Report on sanitation, dispensaries, and jails in Rajputana for 1910, and on vaccination for the year 1910-1911 - 1910-1911
Year: 1910
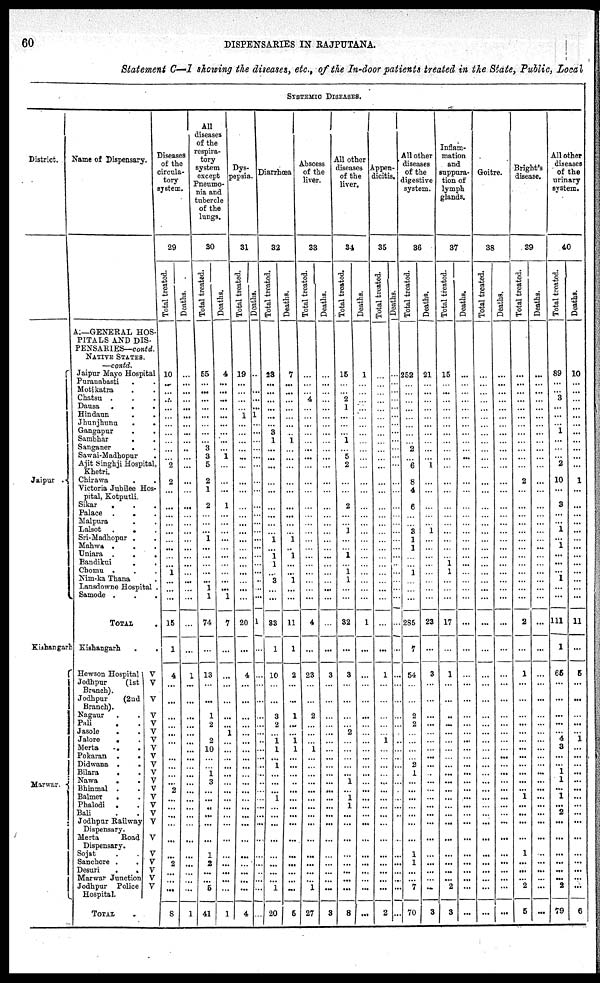
60
DISPENSARIES IN RAJPUTANA.
Statement C—I showing the diseases, etc., of the In-door patients treated in the State, Public, local
District.
Jaipur .
Kishangarh
Marwar.
Name of Dispensary.
A.—GENERAL HOS-
PITALS AND DIS-
PENSARIES— contd.
NATIVE STATES.
—contd.
Jaipur Mayo Hospital
Puranabasti . .
Motikatra . .
Chatsu . .
Dausa
.
.
Hindaun . .
Jhunjhunu
.
.
Gangapur . .
Sambhar . .
Sanganer . .
Sawai-Madhopur .
Ajit Singhji Hospital,
Khetri.
Chirawa . .
Victoria Jubilee Hos-
pital, Kotputli
Sikar . . .
Palace . . .
Malpura . . .
Lalsot . . .
Sri-Madhopor . . .
Mahwa . . .
Uniara
.
.
.
Bandikui
.
.
.
Chomu . . .
Nim-ka Thana . . .
Lansdowne Hospital .
Samode
.
.
.
TOTAL
Kishangarh . . .
Hewson Hospital
Jodhpur
(1st
Branch).
Jodhpur
(2nd
Branch).
Nagaur . . .
Pali . . .
Jasole . . .
Jalore . . .
Merta . . .
Pokaran . . .
Didwana . . .
Bilara . . .
Nawa . . .
Bhinmal . . .
Balmer . . .
Phalodi . . .
Bali . . .
Jodhpur Railway
Dispensary.
Merta
Road
Dispensary.
Sojst . . .
Sanchore .
Desuri . . .
Marwar Junction
Jodhpur Police
Hospital.
TOTAL
V
V
V
V
V
V
V
V
V
V
V
V
V
V
V
V
V
V
V
V
V
V
V
Diseases
of the
circula-
tory
system.
29
Total treated.
10
...
...
...
...
...
...
...
...
...
...
2
2
...
...
...
...
...
...
...
...
...
1
...
...
...
15
1
4
...
...
...
...
...
...
...
...
...
...
...
2
...
...
...
...
...
...
2
...
...
...
8
Deaths.
...
...
...
...
...
...
...
...
...
...
...
...
...
...
...
...
...
...
...
...
...
...
...
...
...
...
...
...
1
...
...
...
...
...
...
...
...
...
...
...
...
...
...
...
...
...
...
...
...
...
...
1
All
Diseases
of the
respira-
tory
system
except
Pneumo-
nia and
tubercle
of the
lungs.
30
Total treated.
55
...
...
...
...
...
...
...
...
3
3
5
2
1
2
...
...
...
1
...
...
...
...
...
1 1
74
...
13
...
...
1
2
...
2
10
...
...
1
3
...
...
...
...
...
...
1
2
...
...
5
41
Deaths.
4
...
...
...
...
...
...
...
...
...
1
...
...
...
1
...
...
...
...
...
...
...
...
...
...
1
7
...
...
...
...
...
...
1
...
...
...
...
...
...
...
...
...
...
...
...
...
...
...
...
...
1
SYSTEMIC DISEASES.
Dys-
pesis
31
Total treated.
19
...
...
...
...
1
...
...
...
...
...
...
...
...
...
...
...
...
...
...
...
...
...
...
...
...
20
...
4
...
...
...
...
...
...
...
...
...
...
...
...
...
...
...
...
...
...
...
...
...
...
4
Deaths.
...
...
...
...
...
1
...
...
...
...
...
...
...
...
...
...
...
...
...
...
...
...
...
...
...
...
1
...
...
...
...
...
...
...
...
...
...
...
...
...
...
...
...
...
...
...
...
...
...
...
...
...
Diarrhœa
32
Total treated.
23
...
...
...
...
...
...
3
1
...
...
...
...
...
...
...
...
...
1
...
1
1
...
3
...
...
33
1
10
...
...
3
2
...
1
1
...
1
...
...
...
1
...
...
...
...
...
...
...
...
1
20
Deaths.
7
...
...
...
...
...
...
...
1
...
...
...
...
...
...
...
...
...
1
...
1
...
...
1
...
...
11
1
2
...
...
1
...
...
1
1
...
...
...
...
...
...
...
...
...
...
...
...
...
...
...
5
Abscess
of the
liver.
33
Total treated.
...
...
...
4
...
...
...
...
...
...
...
...
...
...
...
...
...
...
...
...
...
...
...
...
...
...
4
...
23
...
...
2
...
...
...
1
...
...
...
...
...
...
...
...
...
...
...
...
...
...
1
27
Deaths.
...
...
...
...
...
...
...
...
...
...
...
...
...
...
...
...
...
...
...
...
...
...
...
...
...
...
...
...
3
...
...
...
...
...
...
...
...
...
...
...
...
...
...
...
...
...
...
...
...
...
...
3
All other
Diseases
of the
liver.
34
Total treated.
15
...
...
2
1
...
...
...
1
...
5
2
...
...
2
...
...
1
...
...
1
...
1
1
...
...
32
...
3
...
...
...
...
2
...
...
...
...
...
1
...
1
1
...
...
...
...
...
...
...
...
8
Deaths.
1
...
...
...
...
...
...
...
...
...
...
...
...
...
...
...
...
...
...
...
...
...
...
...
...
...
1
...
...
...
...
...
...
...
...
...
...
...
...
...
...
...
...
...
...
...
...
...
...
...
...
...
Appen-
dicitis.
35
Total treated.
...
...
...
...
...
...
...
...
...
...
...
...
...
...
...
...
...
...
...
...
...
...
...
...
...
...
...
...
1
...
...
...
...
...
1
...
...
...
...
...
...
...
...
...
...
...
...
...
...
...
...
2
Deaths.
...
...
...
...
...
...
...
...
...
...
...
...
...
...
...
...
...
...
...
...
...
...
...
...
...
...
...
...
...
...
...
...
...
...
...
...
...
...
...
...
...
...
...
...
...
...
...
...
...
...
...
...
All other
Diseases
of the
digestive
system.
36
Total treated.
252
...
...
...
...
...
...
...
...
2
...
6
8
4
6
...
...
3
1
1
...
...
1
...
...
...
285
7
54
...
...
2
2
...
...
...
...
2
1
...
...
...
...
...
...
...
1
1
...
...
7
70
Deaths.
21
...
...
...
...
...
...
...
...
...
...
1
...
...
...
...
...
1
...
...
...
...
...
...
...
...
23
...
3
...
...
...
...
...
...
...
...
...
...
...
...
...
...
...
...
...
...
...
...
...
...
3
Inflam-
mation
and
suppura-
tion of
lymph
glands.
37
Total treated.
15
...
...
...
...
...
...
...
...
...
...
...
...
...
...
...
...
...
...
...
...
1
1
...
...
...
17
...
1
...
...
...
...
...
...
...
...
...
...
...
...
...
...
...
...
...
...
...
...
...
2
3
Deaths.
...
...
...
...
...
...
...
...
...
...
...
...
...
...
...
...
...
...
...
...
...
...
...
...
...
...
...
...
...
...
...
...
...
...
...
...
...
...
...
...
...
...
...
...
...
...
...
...
...
...
...
...
Goitre.
38
Total treated.
...
...
...
...
...
...
...
...
...
...
...
...
...
...
...
...
...
...
...
...
...
...
...
...
...
...
...
...
...
...
...
...
...
...
...
...
...
...
...
...
...
...
...
...
...
...
...
...
...
...
...
...
Deaths.
...
...
...
...
...
...
...
...
...
...
...
...
...
...
...
...
...
...
...
...
...
...
...
...
...
...
...
...
...
...
...
...
...
...
...
...
...
...
...
...
...
...
...
...
...
...
...
...
...
...
...
...
Bright's
discase.
39
Total treated.
...
...
...
...
...
...
...
...
...
...
...
...
2
...
...
...
...
...
...
...
...
...
...
...
...
...
2
...
1
...
...
...
...
...
...
...
...
...
...
...
...
1
...
...
...
...
1
...
...
...
2
5
Deaths.
...
...
...
...
...
...
...
...
...
...
...
...
...
...
...
...
...
...
...
...
...
...
...
...
...
...
...
...
...
...
...
...
...
...
...
...
...
...
...
...
...
...
...
...
...
...
...
...
...
...
...
...
All other
Diseases
of the
urinary
system.
40
Total treated.
89
...
...
3
...
...
...
1
...
...
...
2
10
...
3
...
...
1
...
1
...
...
...
1
...
...
111
1
65
...
...
...
...
... 4
3
...
...
1
1
...
1
...
2
...
...
...
...
...
...
2
79
Deaths.
10
...
...
...
...
...
...
...
...
...
...
...
1
...
...
...
...
...
...
...
...
...
...
...
...
...
11
...
5
...
...
...
...
...
1
...
...
...
...
...
...
...
...
...
...
...
...
...
...
...
...
6